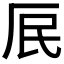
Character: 𭆃